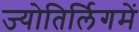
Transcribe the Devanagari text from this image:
ज्योतिर्लिगमें